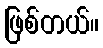
ဖြစ်တယ်။